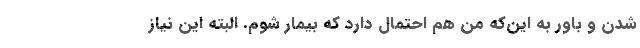
شدن و باور به این‌که من هم احتمال دارد که بیمار شوم. البته این نیاز